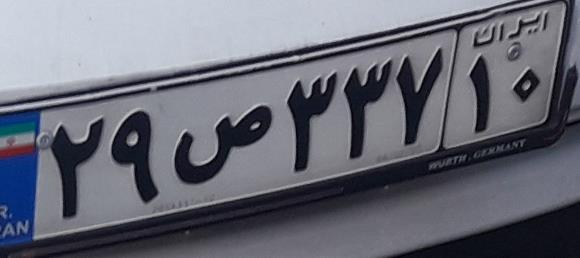
۲۹ص۳۳۷۱۰